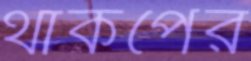
থাকপের